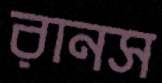
রানস